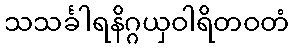
သသင်္ခါရနိဂ္ဂယှဝါရိတဝတံ